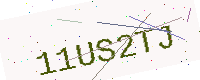
Text: 11US2TJ